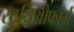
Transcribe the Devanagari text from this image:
स्ट्रुथिओफॉर्म